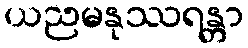
ယညမနုဿရန္တာ